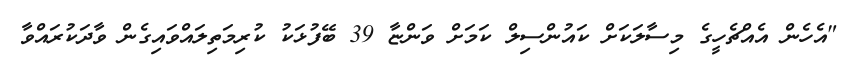
"އެހެން އެއްޗެހީގެ މިސާލަކަށް ކައުންސިލް ކަމަށް ވަންޏާ 39 ބޭފުޅަކު ކުރިމަތިލައްވައިގެން ވާދަކުރައްވާ